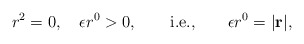
\begin{align*}r^2 = 0 , \quad \epsilon r^0>0,\qquad {\rm i.e.,} \qquad\epsilon r^0 = |\bf r|,\end{align*}